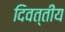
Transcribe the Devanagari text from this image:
दिवत्तीय